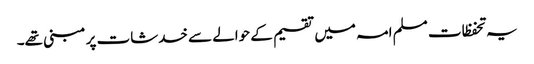
یہ تحفظات مسلم امہ میں تقسیم کے حوالے سے خدشات پر مبنی تھے۔